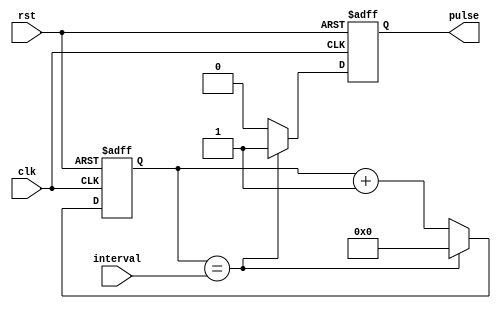
module pulse_generator(
    input clk,
    input rst,
    input [31:0] interval,
    output reg pulse
);

reg [31:0] count;

always @(posedge clk or posedge rst) begin
    if (rst) begin
        count <= 0;
        pulse <= 0;
    end else begin
        if (count == interval) begin
            pulse <= 1;
            count <= 0;
        end else begin
            pulse <= 0;
            count <= count + 1;
        end
    end
end

endmodule